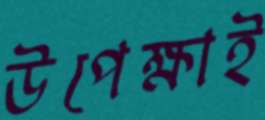
উপেক্ষাই